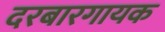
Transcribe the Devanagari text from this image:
दरबारगायक